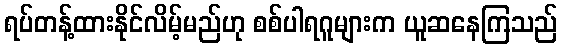
ရပ်တန့်ထားနိုင်လိမ့်မည်ဟု စစ်ပါရဂူများက ယူဆနေကြသည်